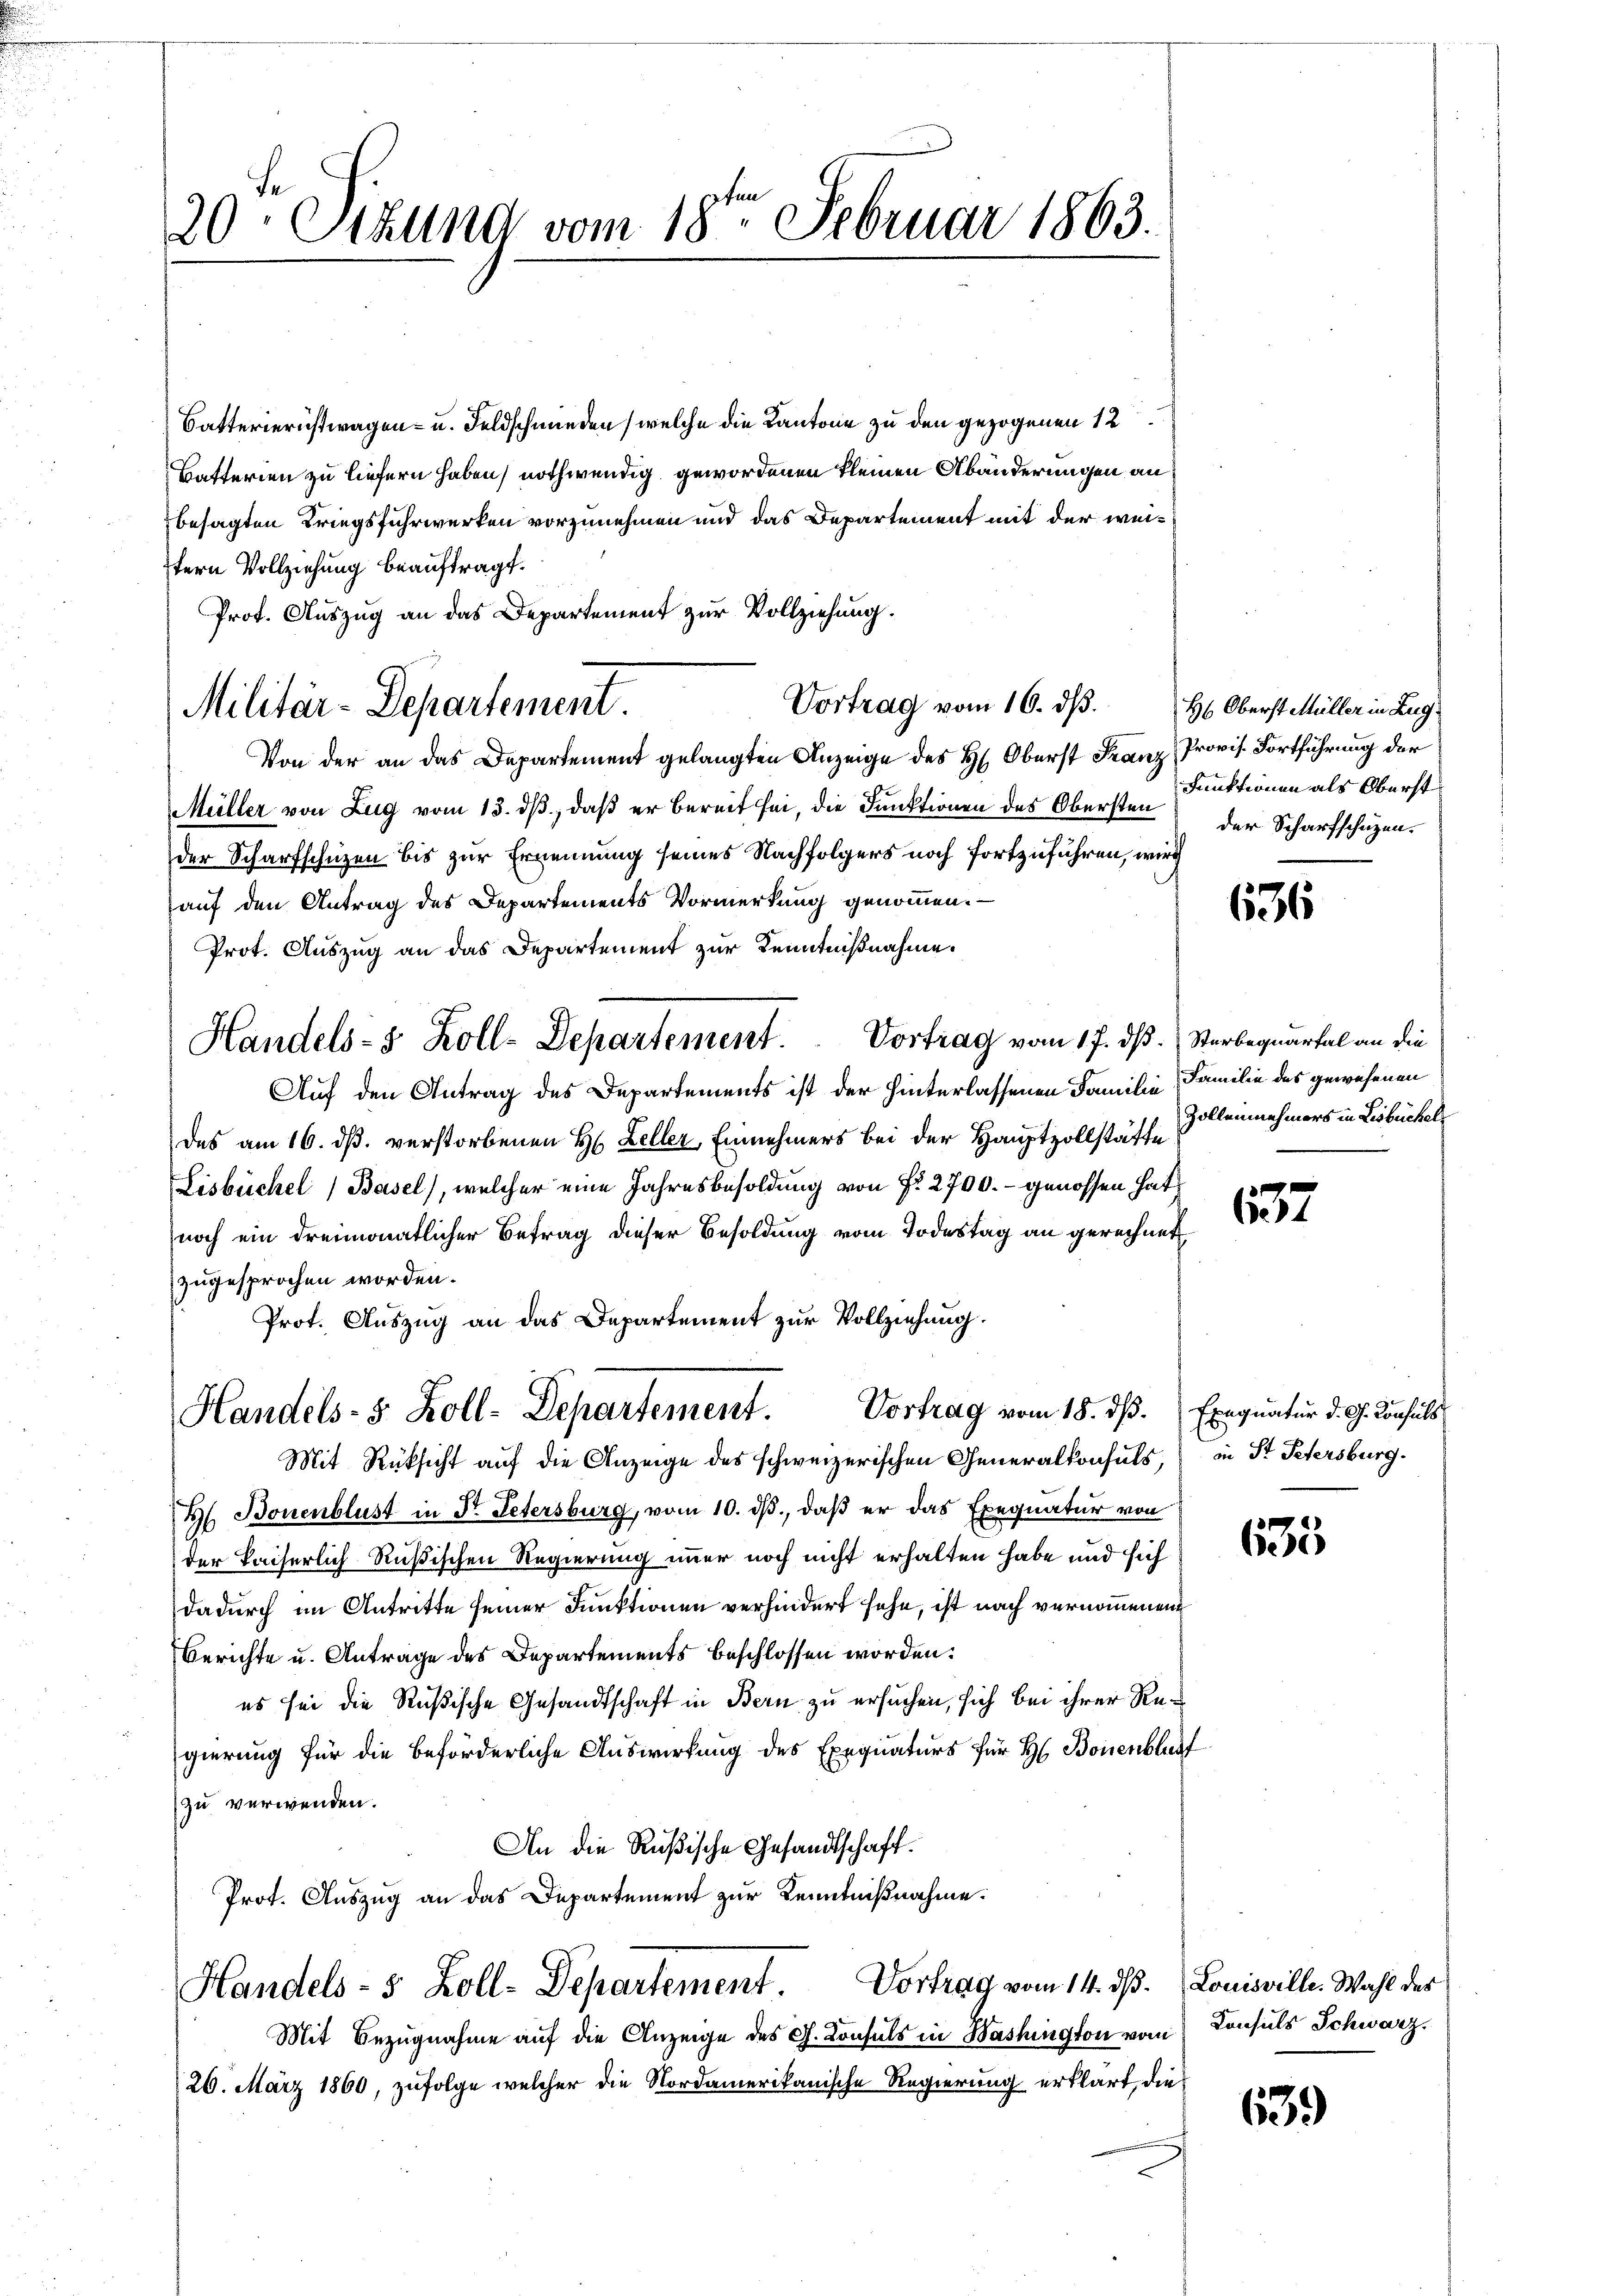
20ten Sitzung vom 18te͇n Februar 1863.

Batterierustwagen- u. Feldschmieden (welche die Kantone zu den gezogenen 12
Batterien zu liefern haben, nothwendig gewordenen kleinen Abänderungen an
besagten Kriegsfuhrwerken vorzunehmen und das Departement mit der weifern Vollziehung beauftragt.
Prot. Auszug an das Departement zur Vollziehung.
Von der an das Departement gelangten Anzeige des H: Oberst Franz Provis. Fortführung der
Müller von Zug vom 13. ds, daß er bereit sei, die Funktionen des Obersten der Scharfschüzender Scharfschuzen bis zur Ernennung seines Nachfolgers noch fortzuführen, wird
auf den Antrag des Departements Vormerkung genommen.
Prot. Auszug an das Departement zur Kenntnißnahme.
Handels- 5 Zoll-Departement. Vortrag vom 17. ds. Sterbequartal an die
Auf den Antrag des Departements ist der hinterlassenen Familie Familie des gewesenen
des am 16. dß. verstorbenen H. Zeller, Einnehmers bei der Hauptzollstätte
Lisbüchel, Basel, welcher eine Jahresbesoldung von N. 2700.- genossen hat
noch ein dreimonatlicher Betrag dieser Besoldung vom Todestag an gerechnet.
zugesprochen worden.
Prot. Auszug an das Departement zur Vollziehung.
Handels- 5. Koll-Departement. Vortrag vom 18. dß. Exequatur d. G. Consuls
Mit Rüksicht auf die Anzeige des schweizerischen Generalkonsuls,
H. Bonenblust in Dr. Petersburg, vom 10. ds., daß er das Exequatur von
der kaiserlich Rußischen Regierung immer noch nicht erhalten habe und sich
dadurch im Antritte seiner Funktionen verhindert sehe, ist nach vernommenen
Berichte u. Antrage des Departements beschlossen worden.
es sei die Rußische Gesandtschaft in Bern zu ersuchen, sich bei ihrer Regierung für die beförderliche Auswirkung des Exequaturs für H. Bonenblurf
zu verwenden.
An die Rußische Gesandtschaft.
Prot. Auszug an das Departement zur Kenntnißnahme.

Militär-Departement.

Handels- 5 Zoll-Departement Vortrag vom 14. ds. Louisville. Wahl des

Vortrag vom 16. d. 26 Oberst Müller in Zug,

Mit Bezugnahme auf die Anzeige des G. Consuls in Washington vom Consuls Schwarz,
26. März 1860, zufolge welcher die Nordamerikanische Regierung erklärt, dies

Funktionen als Oberst

636

Zollennehmers in Lisbüchel¬

1357

in St. Petersburg.

635

639)